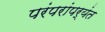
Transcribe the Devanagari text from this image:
परंपरांपर्यंत